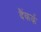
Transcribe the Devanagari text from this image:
दैंकर्क